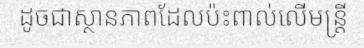
ដូចជាស្ថានភាពដែលប៉ះពាល់លើមន្ត្រី